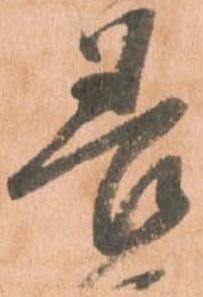
善